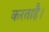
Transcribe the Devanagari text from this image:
करताहै।